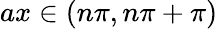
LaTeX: ax\in\left(n\pi,n\pi+\pi\right)